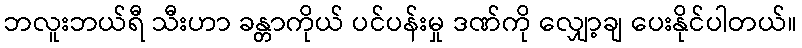
ဘလူးဘယ်ရီ သီးဟာ ခန္တာကိုယ် ပင်ပန်းမှု ဒဏ်ကို လျှော့ချ ပေးနိုင်ပါတယ်။